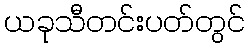
ယခုသီတင်းပတ်တွင်